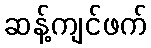
ဆန့်ကျင်ဖက်